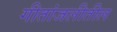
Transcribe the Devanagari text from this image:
गीतांजलीतील